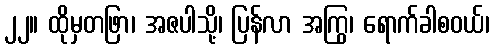
၂၂။ ထိုမှတဖြာ၊ အဇပါသို့၊ ပြန်လာ အကြွ၊ ရောက်ခါစဝယ်၊